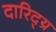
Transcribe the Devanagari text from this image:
दारिद्य्र